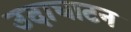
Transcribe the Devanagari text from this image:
उदाघाटन